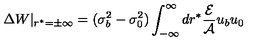
\Delta W | _ { r ^ { * } = \pm \infty } = ( \sigma _ { b } ^ { 2 } - \sigma _ { 0 } ^ { 2 } ) \int _ { - \infty } ^ { \infty } d r ^ { * } \frac { { \cal E } } { { \cal A } } u _ { b } u _ { 0 }